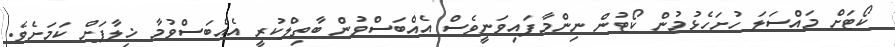
ކޯޓަށް މައްސަލަ ހުށަހެޅުމުން ކޯޓުން ނިންމާފައިވަނީވެސް އެއްބަސްވުން ބާތިލްކުރީ އެއްބަސްވުމާ ޚިލާފަށް ކަމަށެވެ.